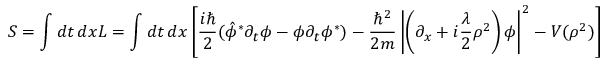
S = \int d t \, d x { \cal L } = \int d t \, d x \left[ \frac { i \hbar } { 2 } ( \hat { \phi } ^ { * } \partial _ { t } { \phi } - { \phi } \partial _ { t } { \phi } ^ { * } ) - \frac { \hbar ^ { 2 } } { 2 m } \left| \left( \partial _ { x } + i { \frac { \lambda } { 2 } } \rho ^ { 2 } \right) \phi \right| ^ { 2 } - V ( \rho ^ { 2 } ) \right] ;